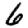
Digit: 6